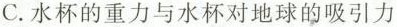
C. 水杯的重力与水杯对地球的吸引力